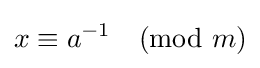
x\equiv a^{-1}{\pmod {m}}